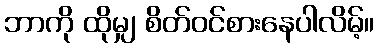
ဘာကို ထိုမျှ စိတ်ဝင်စားနေပါလိမ့်။